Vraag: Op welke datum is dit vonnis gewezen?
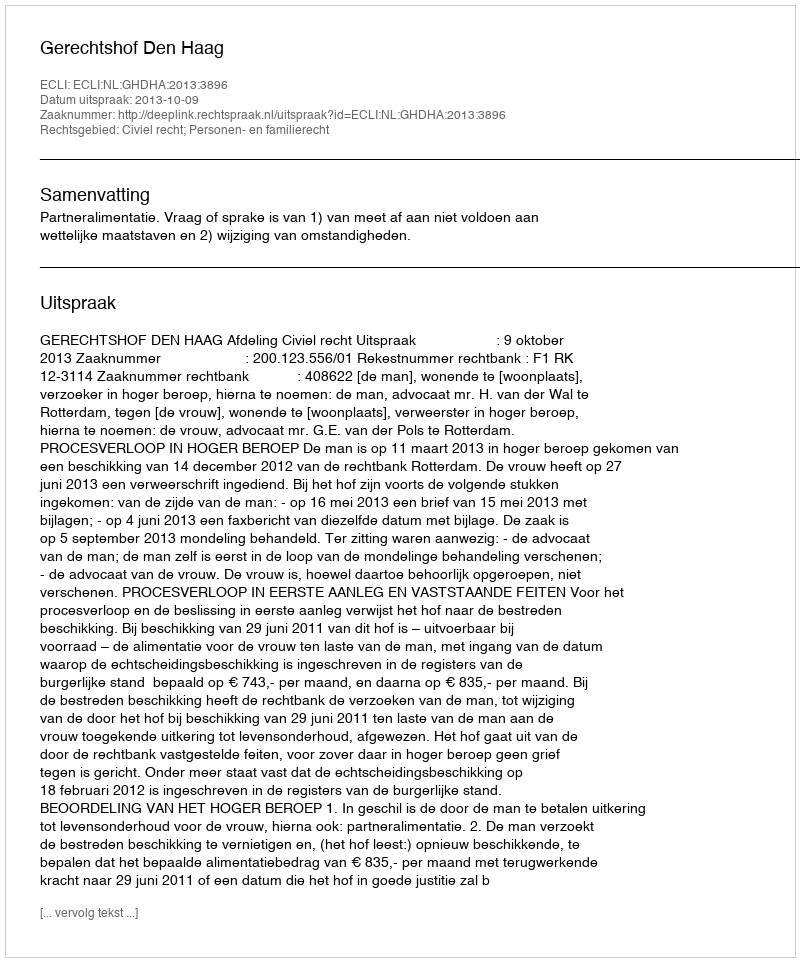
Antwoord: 2013-10-09